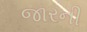
જારની